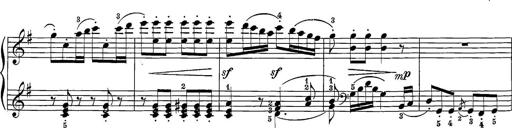
Title: 12 Sonatine per Pianoforte
Composer: Friedrich Kuhlau